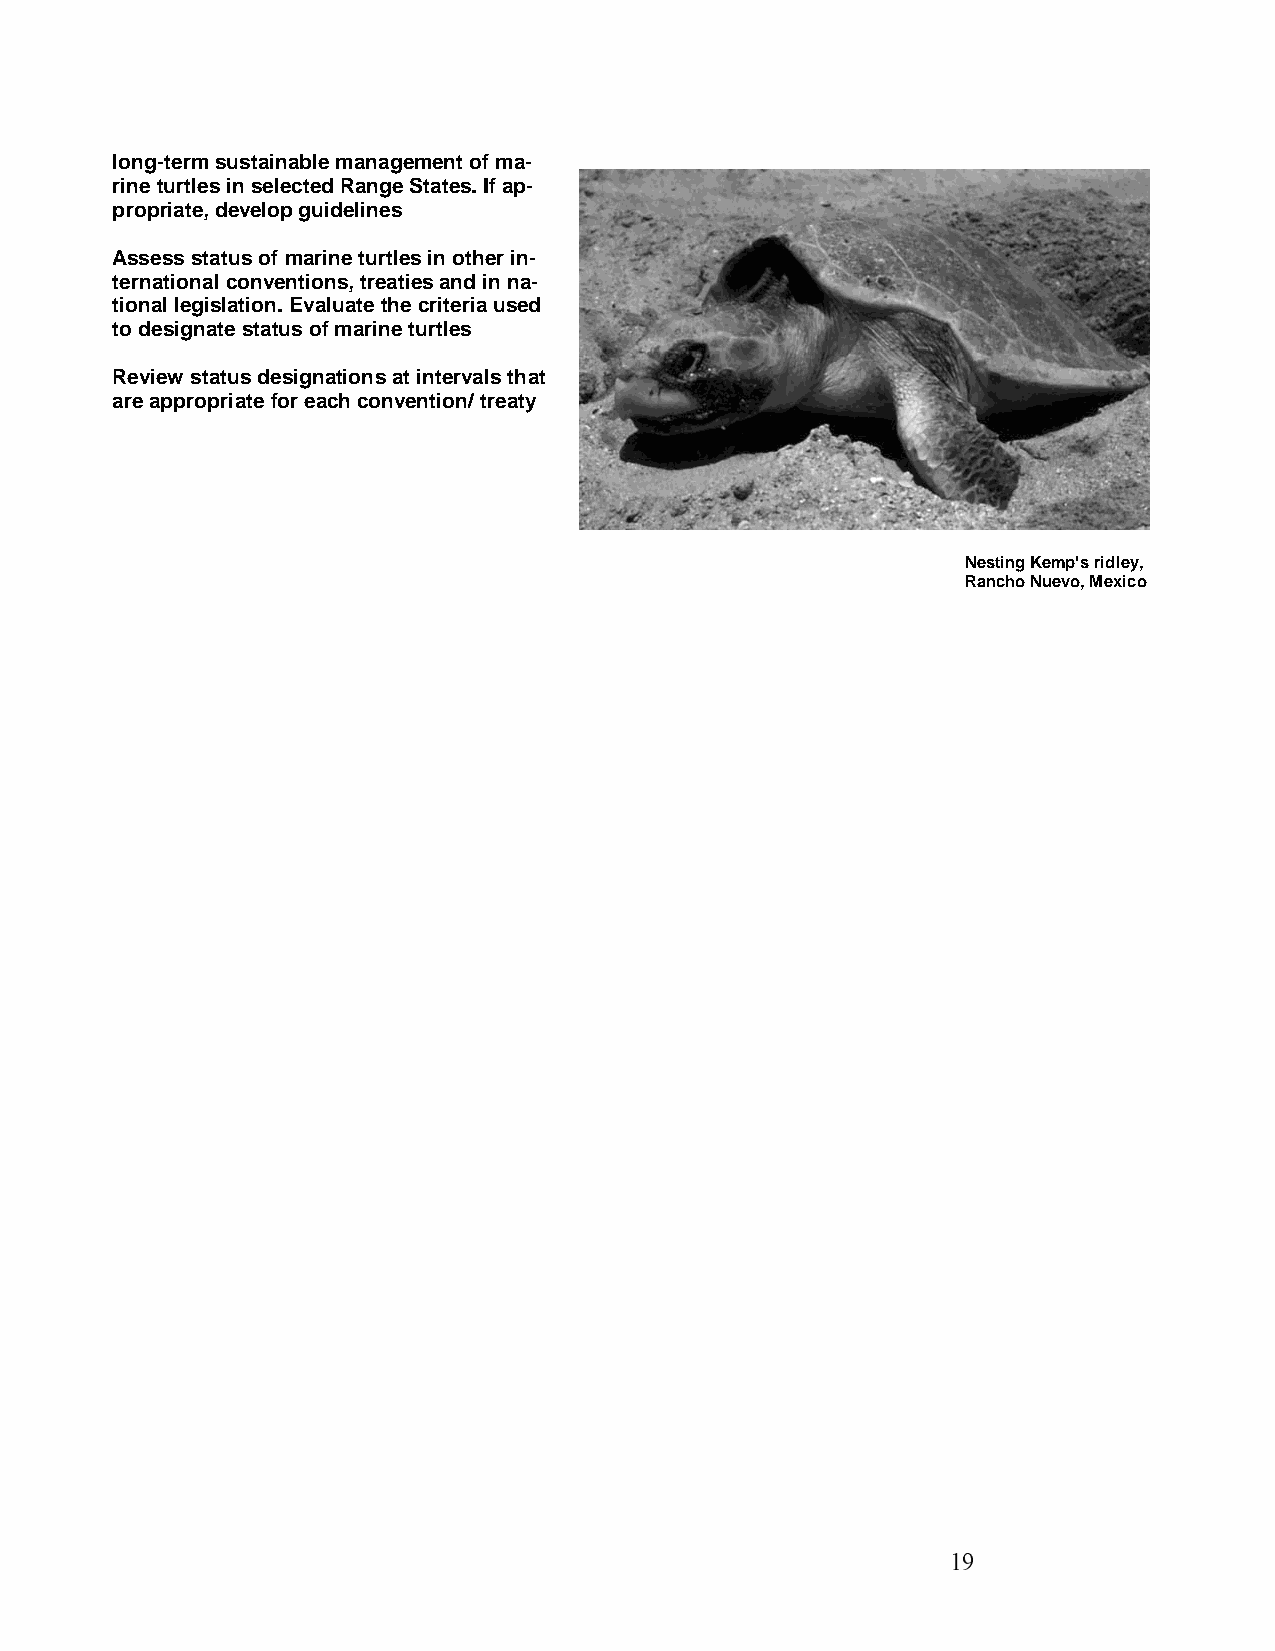
long-term sustainable management of ma-
 rine turtles in selected Range States. If ap-
 propriate, develop guidelines
 Assess status of marine turtles in other in-
 ternational conventions, treaties and in na-
 tional legislation. Evaluate the criteria used
 to designate status of marine turtles
 Review status designations at intervals that
 are appropriate for each convention/ treaty
 Nesting Kemp's ridley,
 Rancho Nuevo, Mexico
 19